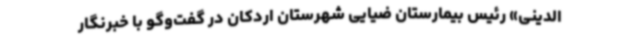
الدینی» رئیس بیمارستان ضیایی شهرستان اردکان در گفت‌وگو با خبرنگار